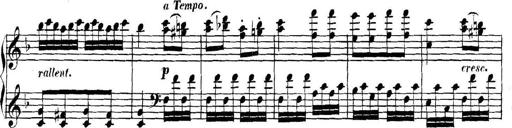
Title: Collected Piano Sonatas
Composer: Muzio Clementi